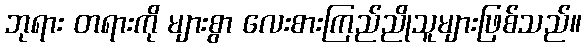
ဘုရား တရားကို များစွာ လေးစားကြည်ညိုသူများဖြစ်သည်။